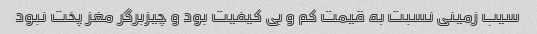
سیب زمینی نسبت به قیمت کم و بی کیفیت بود و چیزبرگر مغز پخت نبود